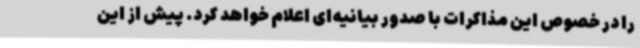
را در خصوص این مذاکرات با صدور بیانیه‌ای اعلام خواهد کرد. پیش از این